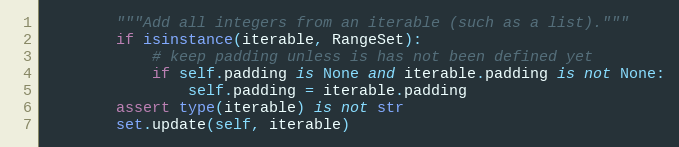
Language: Python
        """Add all integers from an iterable (such as a list)."""
        if isinstance(iterable, RangeSet):
            # keep padding unless is has not been defined yet
            if self.padding is None and iterable.padding is not None:
                self.padding = iterable.padding
        assert type(iterable) is not str
        set.update(self, iterable)